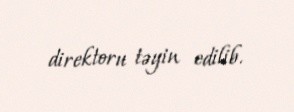
direktoru təyin edilib.